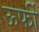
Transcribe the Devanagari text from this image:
ऊर्फी